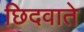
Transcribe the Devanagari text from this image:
छिदवाते